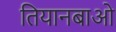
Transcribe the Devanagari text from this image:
तियानबाओ